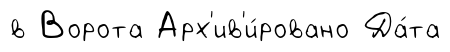
в Ворота Арх'ив'и́ровано Да́та